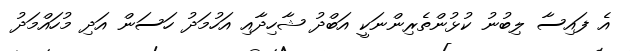
އެ ފައިސާ ލިބުނު ކުޅުންތެރިންނަކީ އަބްދު ޝާހިދާއި އަހުމަދު ހަސަން އަދި މުހައްމަދު